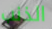
الذنب